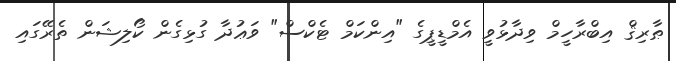
ޠާރިޤް އިބްރާހީމް ވިދާޅުވީ އެމްޑީޕީގެ "އިންކަމް ޓެކްސް" ވަޢުދާ ގުޅިގެން ކޯލިޝަން ތެރޭގައި